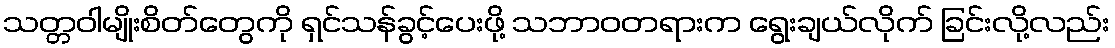
သတ္တဝါမျိုးစိတ်တွေကို ရှင်သန်ခွင့်ပေးဖို့ သဘာဝတရားက ရွေးချယ်လိုက် ခြင်းလို့လည်း